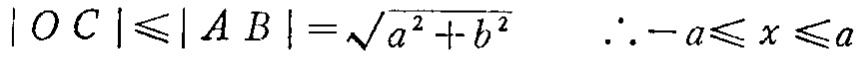
\(|OC|\leqslant|AB|=\sqrt{a^{2}+b^{2}}\ \ \therefore -a\leqslant x\leqslant a\)